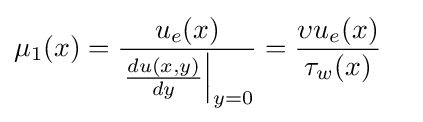
{\mu _{1}(x)}={u_{e}(x) \over \left.{\frac {du(x,y)}{dy}}\right|_{y=0}}={\upsilon u_{e}(x) \over \tau _{w}(x)}\quad